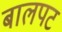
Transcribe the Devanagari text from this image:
बालपट